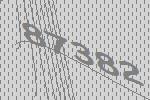
87382